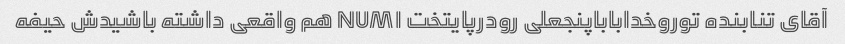
آقای تنابنده توروخداباباپنجعلی رودرپایتخت NUM۱ هم واقعی داشته باشیدش حیفه